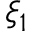
\xi _ { 1 }